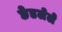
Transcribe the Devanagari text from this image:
छेडलेले